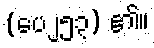
(ပေ၂၅၃) ၏။